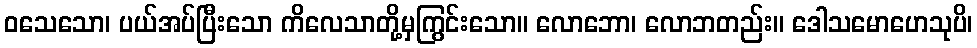
ဝသေသော၊ ပယ်အပ်ပြီးသော ကိလေသာတို့မှကြွင်းသော။ လောဘော၊ လောဘတည်း။ ဒေါသမောဟေသုပိ၊